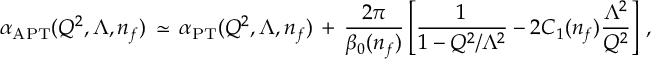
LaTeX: { \alpha } _ { \mathrm { A P T } } ( Q ^ { 2 } , \Lambda , n _ { f } ) \, \simeq \, { \alpha } _ { \mathrm { P T } } ( Q ^ { 2 } , \Lambda , n _ { f } ) \, + \, \frac { 2 \pi } { \beta _ { 0 } ( n _ { f } ) } \left[ \frac { 1 } { 1 - Q ^ { 2 } / \Lambda ^ { 2 } } - 2 C _ { 1 } ( n _ { f } ) \frac { \Lambda ^ { 2 } } { Q ^ { 2 } } \right] \, ,